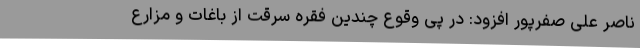
ناصر علی صفرپور افزود: در پی وقوع چندین فقره سرقت از باغات و مزارع